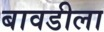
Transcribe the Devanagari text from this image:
बावडीला